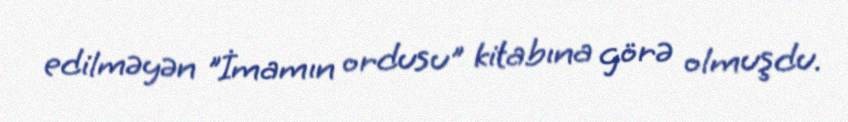
edilməyən "İmamın ordusu" kitabına görə olmuşdu.